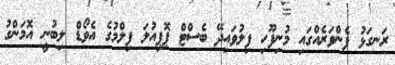
ރަނގަޅު ފެންވަރެއްގައި މުނިފޫހި ފިލުވައިދޭ ބެސްޓް ޕޮޕިއުލަ ފިލްމުގެ އެވޯޑް ލިބުނީ އޮމަންގު